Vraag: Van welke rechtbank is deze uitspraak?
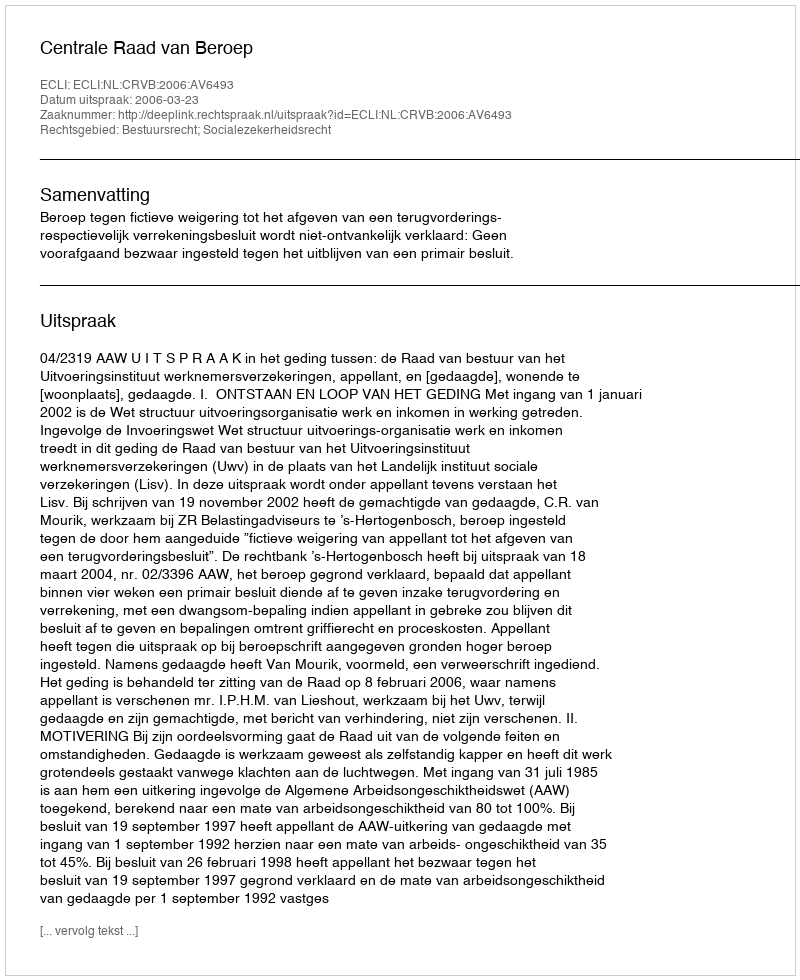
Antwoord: Centrale Raad van Beroep